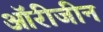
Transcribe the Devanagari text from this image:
ऑरीजीन